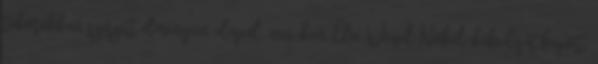
táborokban szerzett élményein alapul. 1986-ban Elie Wiesel Nobel-békedíjat kapott.